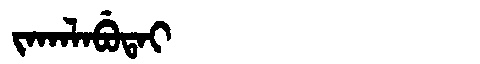
Manchu: ᠵᠠᡴᠠᠯᠠᠪᡠᡨᠠᡳ
Romanization: JAKALABUTAI